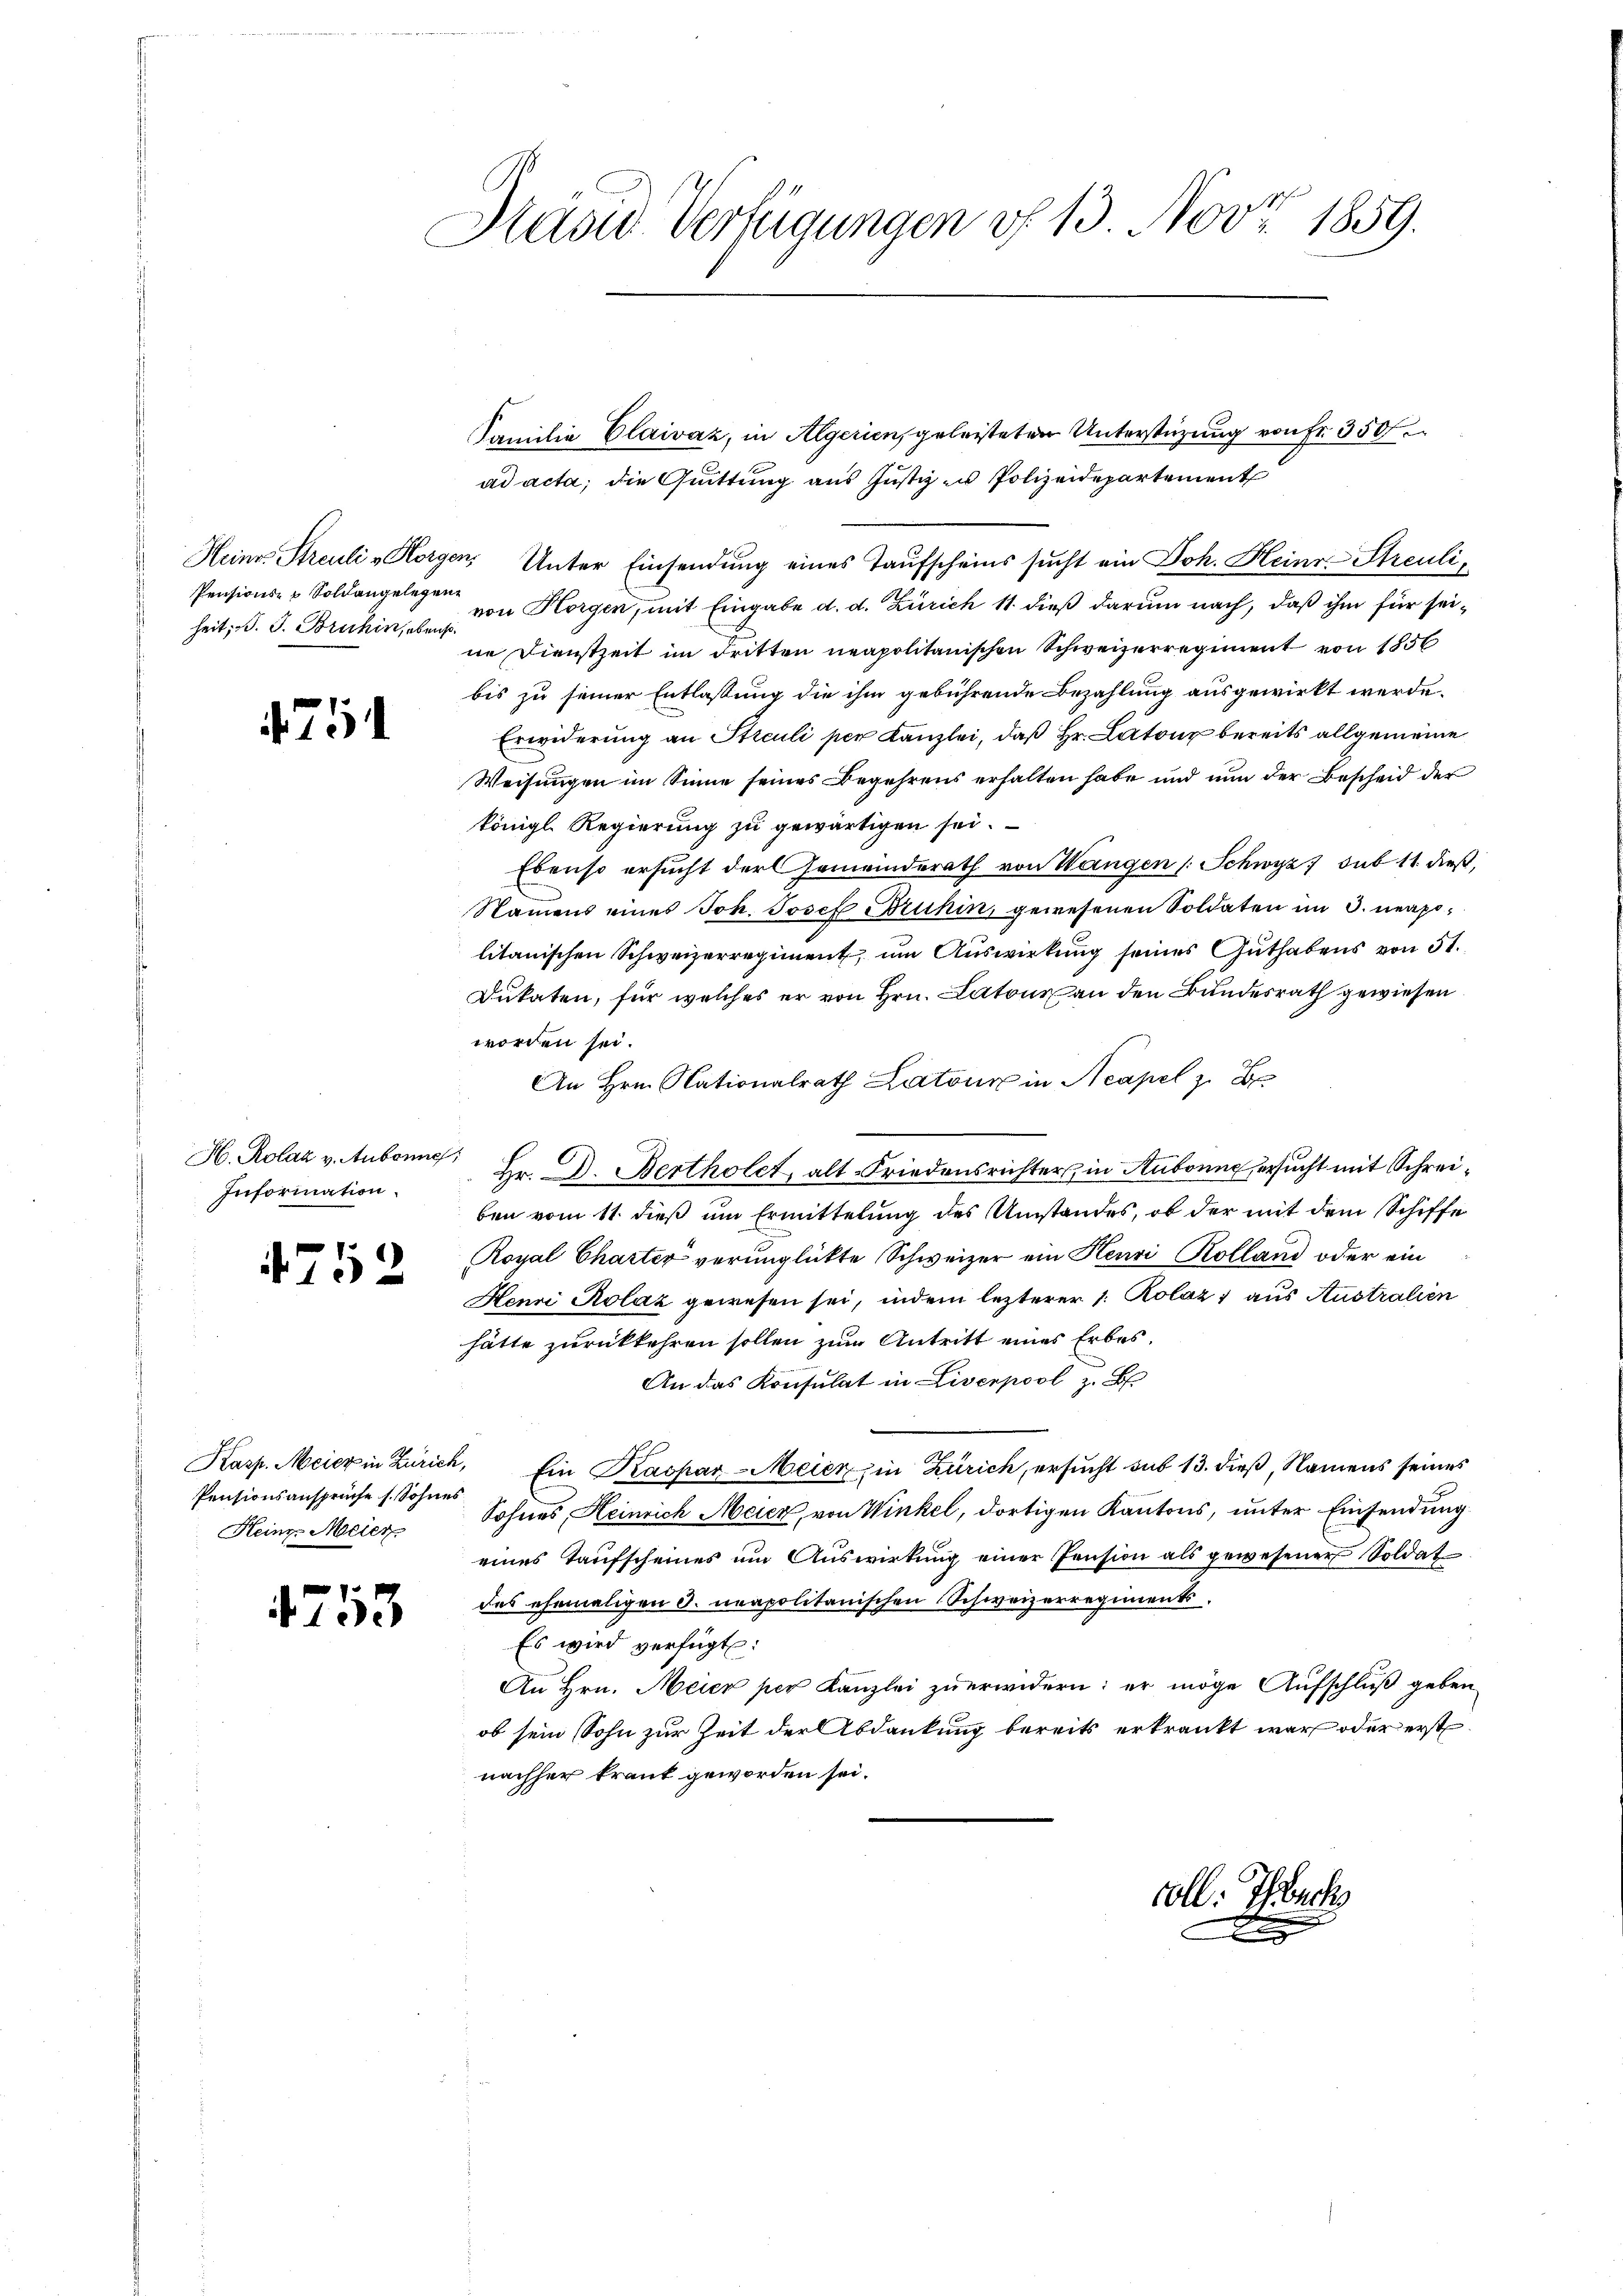
heit, d. J. Bruhin, ebenso

71

H. Rolak v. Aubonne
Information.

752

Pensionsansprüche s. Sohnes
Heine Meier

1753

Häsid. Verfügungen vf 13. Nov. 1859.

Familie Claivaz, in Algerien, geleisteten Unterstützung von Fr. 350
ad acta, die Quittung aus Justiz zu Polizeidepartement
Heine Streuli - Horgen, Unter Einsendung eines Taufscheins sucht ein Joh. Heinr. Streuli¬
Pensions- & Soldangelegen von Horgen, mit Eingabe d. d. Zürich 11. dieß darum nach, daß ihm für seine Dienstzeit im dritten neapolitanischen Schweizerregiment von 1856
bis zu seiner Entlassung die ihm gebührende Bezahlung ausgewirkt werde.
Erwiderung an Streuli per Kanzlei, daß Hr. Latone bereits allgemeine
Weisungen im Sinne seines Begehrens erhalten habe und nun der Bescheid der
königl. Regierung zu gewärtigen sei.
Ebenso ersucht der Gemeinderath von Wangen (Schwyz sub 11 dieß,
Namens eines Joh. Josef Bruhin, gewesenen Soldaten im 3. neapolitanischen Schweizerregiment, um Auswirkung seines Guthabens von 51.
Dukaten, für welches er von Hrn. Latons an den Bundesrath gewiesen
worden sei.
An Hrn. Nationalrath Latour in Neapel z. B
Hr. D. Bertholet, alt-Friedensrichter in Hubonne ersucht mit Schreiben vom 11. dieß um Ermittelung des Umstandes, ob der mit dem Schiffe
Royal Charter verunglückte Schweizer ein Henri Kolland oder ein
Henri Kolaz gewesen sei, indem lezterer 1. Kolaz aus Australien
hätte zurückkehren sollen zum Antritt eines Erbes.
An das Konsulat in Liverpool z. B.
Kasp. Meier in Zürich, Ein Kaspar-Meier in Zürich, ersucht sub 13. dieß, Namens seines
Sohnes, Heinrich Meier, von Winkel, dortigen Kantons, unter Einsendung
eines Taufscheines um Auswirkung einer Pension als gewesener Soldat
des ehemaligen 3. neapolitanischen Schweizerregiments¬
Es wird verfügt:
An Hrn. Meier per Kanzlei zu erwidern: er möge Aufschluß geben
ob sein Sohn zur Zeit der Abdankung bereits erkrankt war oder erst
nachher kraut geworden sei.

voll. Tuch